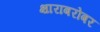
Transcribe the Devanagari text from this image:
क्षाराबरोबर